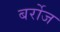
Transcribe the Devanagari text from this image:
बर्रोज